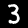
Digit: 3